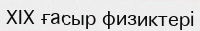
XIX ғасыр физиктері